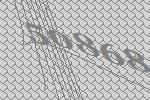
50868